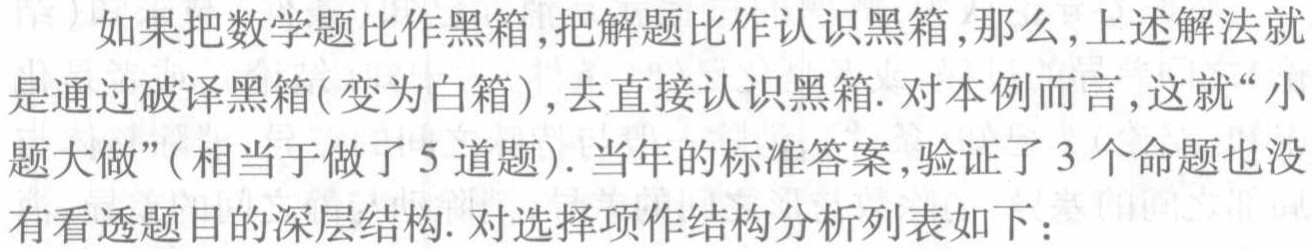
如果把数学题比作黑箱,把解题比作认识黑箱,那么,上述解法就是通过破译黑箱(变为白箱),去直接认识黑箱. 对本例而言,这就“小题大做”( 相当于做了 5 道题). 当年的标准答案,验证了 3 个命题也没有看透题目的深层结构. 对选择项作结构分析列表如下：